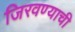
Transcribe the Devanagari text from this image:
जिरवण्याची